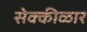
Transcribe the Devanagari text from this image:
सेक्कीळार